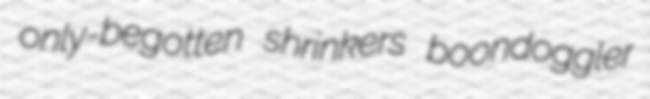
only-begotten shrinkers boondoggler